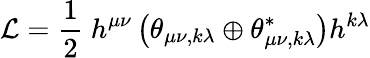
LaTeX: {\cal L}=\frac{1}{2}\ h^{\mu\nu}\left(\theta_{\mu\nu,k\lambda}\oplus\theta_{\mu\nu,k\lambda}^{\ast}\right)h^{k\lambda}